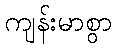
ကျန်းမာစွာ